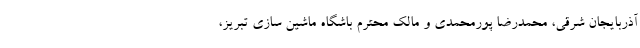
آذربایجان شرقی، محمدرضا پورمحمدی و مالک محترم باشگاه ماشین سازی تبریز،